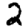
Digit: 2